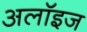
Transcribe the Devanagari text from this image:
अलॉइज